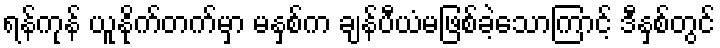
ရန်ကုန် ယူနိုက်တက်မှာ မနှစ်က ချန်ပီယံမဖြစ်ခဲ့သောကြာင့် ဒီနှစ်တွင်